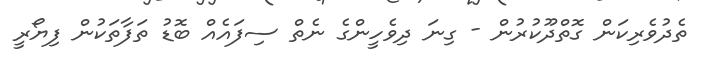
ތެދުވެރިކަން ގޮތްދޫކުރުން - ގިނަ ދިވެހީންގެ ނެތް ސިފައެއް ބޮޑު ތަފާތަކުން ފިޔޯރީ